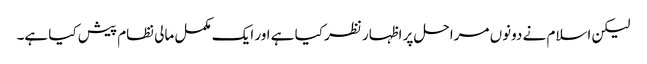
لیکن اسلام نے دونوں مراحل پر اظہار نظر کیا ہے اور ایک مکمل مالی نظام پیش کیا ہے۔